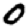
Digit: 0